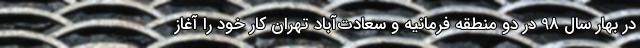
در بهار سال 98 در دو منطقه فرمانیه و سعادت‌آباد تهران کار خود را آغاز